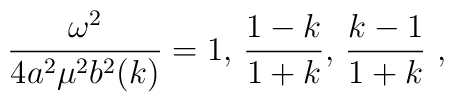
{\omega^2\over 4a^2\mu^2 b^2(k)}=1,\,{1-k\over 1+k},\, {k-1\over 1+k}~,